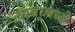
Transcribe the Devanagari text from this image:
यात्रामध्ये